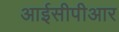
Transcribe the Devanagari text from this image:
आईसीपीआर